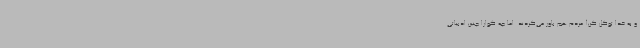
و به خدا توکل کن! مردم هم باور می‌کردند. اما چه گوارا چنین ادبیاتی